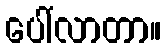
ပေါ်လာတာ။